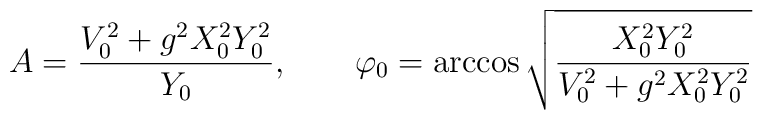
A=\frac{V_0^2+g^2 X_0^2Y_0^2}{Y_0},\qquad  \varphi_0=\arccos \sqrt{\frac{X_0^2Y_0^2}{V_0^2+g^2X_0^2Y_0^2}}